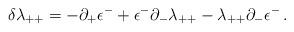
LaTeX: \begin{align*}\delta \lambda_{++}=-\partial_+\epsilon^- +\epsilon^-\partial_-\lambda_{++}-\lambda_{++}\partial_-\epsilon^-\,.\end{align*}